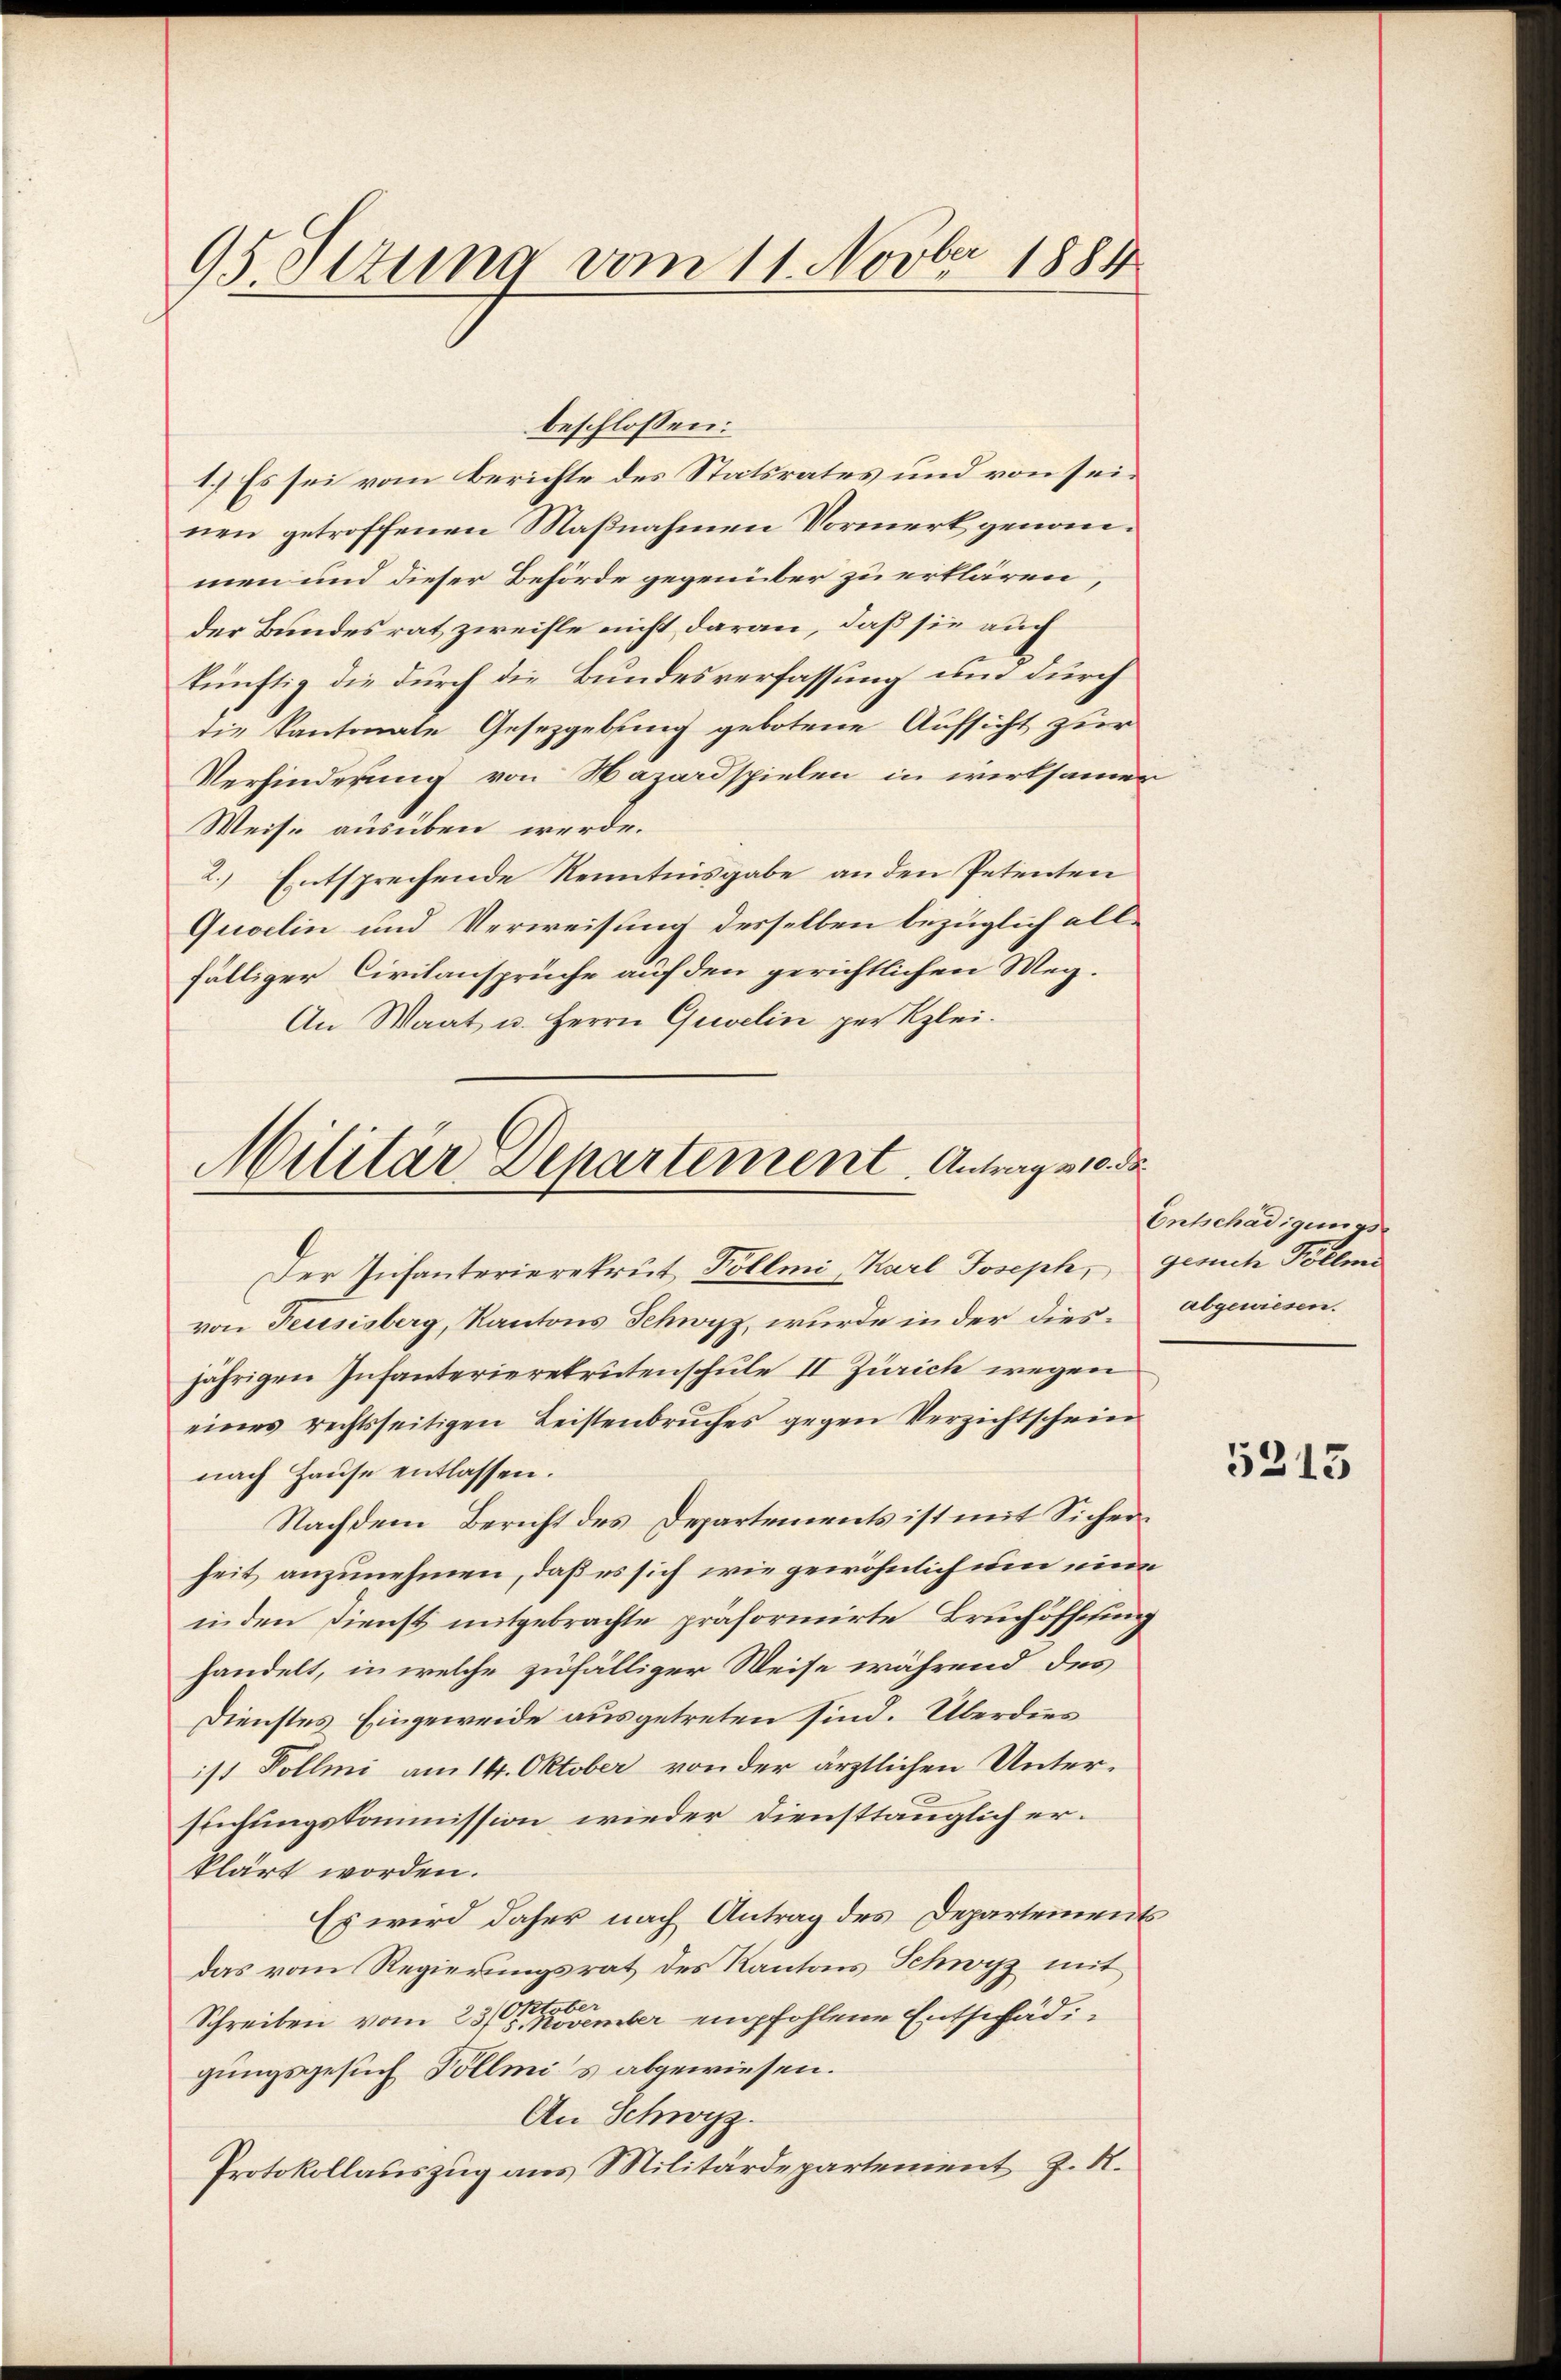
95. Setzung vom 11. Novber 1884

beschlossen:
1.) Es sei vom Berichte des Statsrates und von seinen getroffenen Maßnahmen Vormerk genommen und dieser Behörde gegenüber zu erklären,
der Bundesrat zweifle nicht daran, daß sie auch
künftig die durch die Bundesverfassung um durch
die Kantonale Gesetzgebung gebotene Aufsicht zur
Verhinderung von Nazardspielen in wirksamen
Weise ausüben werde.
2.) Entsprechende Kenntnisgabe an den Petenten
Quoelin und Verweisung desselben bezüglich allfälliger Civilansprüche auf den gerichtlichen Weg¬
An Waat u. Herrn Quelin per Klei¬

Militär Departement. Antrag 30 de
Der Infanterierekrut, Pöllmi, Karl Joseph, gerich Tollma

von Feusisberg, Kantons Schwyz, wurde in der dies abgewiesen.
jährigen Infanterierekrutenschule II Zürich wegen
eines rechtsseitigen Leistenbruches gegen Verzichtschein
nach Hause entlassen.
Nachdem Bericht des Departements ist mit Sicherheit anzunehmen, daß es sich wie gewöhnlich um eine
in den Dienst mitgebrachte präformirte Bruchöffnung
handelt, in welche zufälliger Weise während des
Dienstes Eingeweide ausgetreten sind. Überdies
ist Follmi am 14. Oktober von der ärztlichen Unterslichungskommission wieder diensttänglich erklärt worden.
Es wird daher nach Antrag des Departements
das vom Regierungsrat des Kantons Schwyz mit
Schreiben vom 23sten November empfohlene Entschädigungsgesuch Pöllmis abgewiesen.
An Schwyz.
Protokollauszug aus Militärdepartement z. R.

Entschädigungs¬

5313